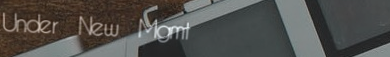
Under New Mgmt